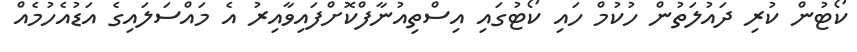
ކޯޓުން ކުރި ދައުލަތުން ހުކުމް ހައި ކޯޓުގައި އިސްތިއުނާފްކޮށްފައިވާއިރު އެ މައްސަލައިގެ އަޑުއެހުމެއް